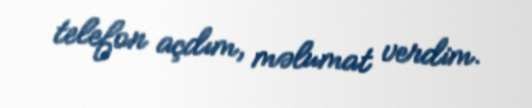
telefon açdım, məlumat verdim.